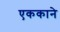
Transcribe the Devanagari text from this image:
एककाने